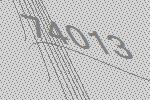
74013